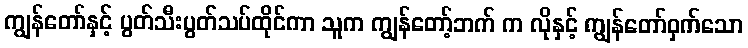
ကျွန်တော်နှင့် ပွတ်သီးပွတ်သပ်ထိုင်ကာ သူက ကျွန်တော့်ဘက် က လိုနှင့် ကျွန်တော်ဝှက်သော